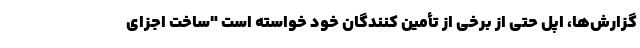
گزارش‌ها، اپل حتی از برخی از تأمین كنندگان خود خواسته است "ساخت اجزای